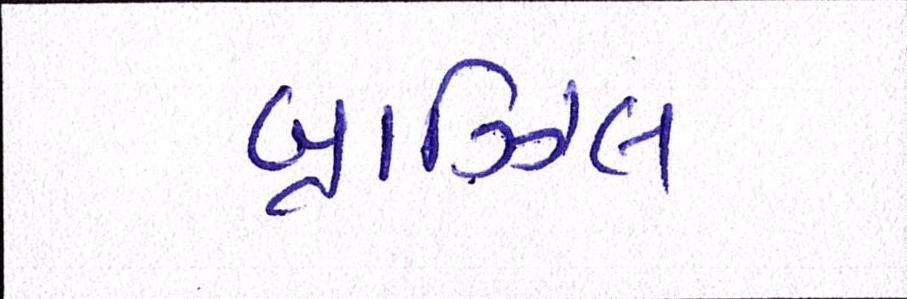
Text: બ્રાઝિલ